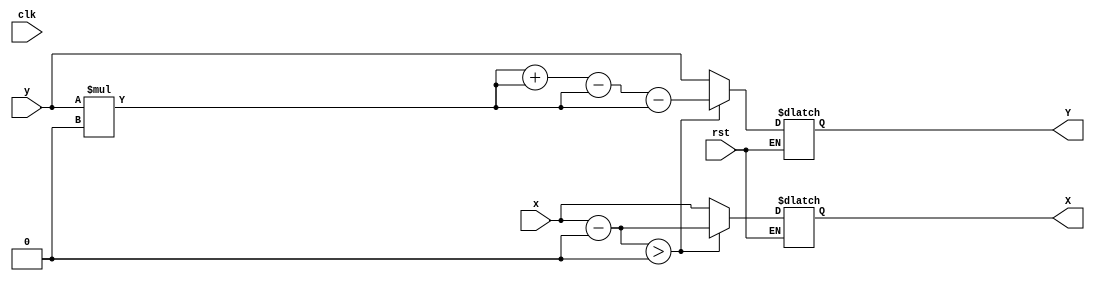
module half_exp#(
                  parameter ra1_keep= 1'd0,  
                  parameter ra1_ofst= 16'h0000,  
                  parameter rs1_keep= 1'd0,  
                  parameter rs1_ofst= 16'h0000,  
                  parameter rs2_keep= 1'd0,  
                  parameter rs2_ofst= 16'h0000,  
                  parameter yy_keep = 1'd0,  
                  parameter ipoffset= 64'h0000_0000
                  )
                  (X, Y,
                   x, y,
                   clk,
                   rst
                   );                         
input  [63:0] x;
input  [63:0] y; 
input  clk, rst;

output  reg [63:0] X;
output  reg [63:0] Y; 

reg mux_select;

wire [63:0] yra1= y >> ra1_ofst;
wire [63:0] yrs1= y >> rs1_ofst;
wire [63:0] yrs2= y >> rs2_ofst;

reg signed [63:0] X_temp;

reg [63:0] Y_temp;
//reg [63:0] Y_temp1;
//reg [63:0] Y_temp2;

always @ (*)
begin
  if (rst)
    begin
    end
  else
    begin
      X_temp  = x - ipoffset;
 //   Y_temp = Y_temp1 + Y_temp2;
      Y_temp =  y*yy_keep+yra1*ra1_keep-yrs1*rs1_keep-yrs2*rs2_keep;
      mux_select =  (X_temp>0);
      X = mux_select ? X_temp : x;
      Y = mux_select ? Y_temp : y;
    end
end

endmodule